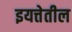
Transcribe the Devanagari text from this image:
इयत्तेतील